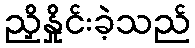
ညှိနှိုင်းခဲ့သည်